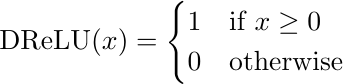
\begin{equation*}
\text{DReLU}(x) =
\begin{cases}
        1 & \text{if } x\geq 0\\
        0 & \text{otherwise}

\end{cases}
\end{equation*}